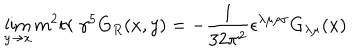
LaTeX: \lim _ { y \rightarrow x } m ^ { 2 } t r \ \gamma ^ { 5 } G _ { R } ( x , y ) = - \frac { 1 } { 3 2 \pi ^ { 2 } } \epsilon ^ { \lambda \mu \rho \sigma } G _ { \lambda \mu } ( x )